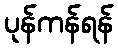
ပုန်ကန်ရန်